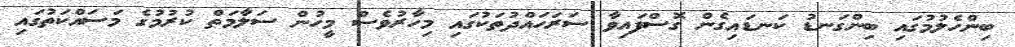
ބިންހެލުމުގައި ބިންގަނޑު ކަނޑައިގެން ގޮސްފައިވާ ސަރަހައްދުތަކުގައި މިހާރުވެސް މީހުން ސަލާމަތް ކުރުމުގެ މަސައްކަތުގައި